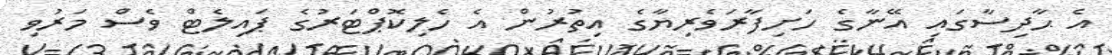
އެ ޙާދިސާގައި އޭނާގެ ހަށިފާރަވެރިޔާގެ އިތުރުން އެ ހެލިކޮޕްޓަރުގެ ޕައިލެޓް ވެސް މަރުވި